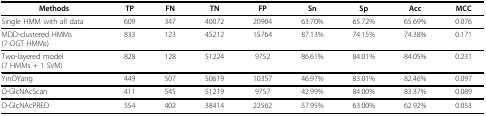
| Methods | TP | FN | TN | FP | Sn | Sp | Acc | MCC |
 | --- | --- | --- | --- | --- | --- | --- | --- | --- |
 | Single HMM with all data | 609 | 347 | 40072 | 20904 | 63.70% | 65.72% | 65.69% | 0.076 |
 | MDD-clustered HMMs(7 OGT HMMs) | 833 | 123 | 45212 | 15764 | 87.13% | 74.15% | 74.38% | 0.171 |
 | Two-layered model(7 HMMs + 1 SVM) | 828 | 128 | 51224 | 9752 | 86.61% | 84.01% | 84.05% | 0.231 |
 | YinOYang | 449 | 507 | 50619 | 10357 | 46.97% | 83.01% | 82.46% | 0.097 |
 | O-GlcNAcScan | 411 | 545 | 51219 | 9757 | 42.99% | 84.00% | 83.37% | 0.089 |
 | O-GlcNAcPRED | 554 | 402 | 38414 | 22562 | 57.95% | 63.00% | 62.92% | 0.053 |